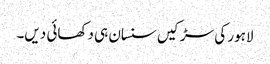
لاہور کی سڑکیں سنسان ہی دکھائی دیں۔